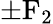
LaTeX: \pm\mathrm{F_{2}}